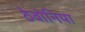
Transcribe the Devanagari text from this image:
ठेवोनिया